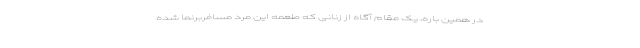
در همین باره، یک مقام آگاه از زنانی که طعمه این مرد مسافربرنما شده